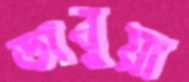
ডাবুয়া